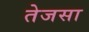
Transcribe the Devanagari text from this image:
तेजसा